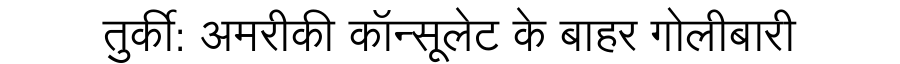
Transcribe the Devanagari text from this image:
तुर्की: अमरीकी कॉन्सूलेट के बाहर गोलीबारी